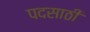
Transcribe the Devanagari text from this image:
पदसाठी